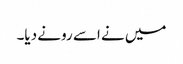
میں نے اسے رونے دیا۔